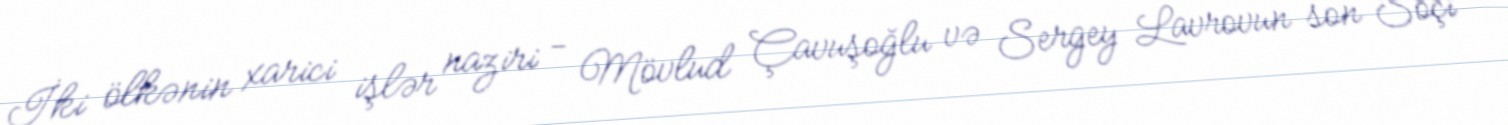
İki ölkənin xarici işlər naziri - Mövlud Çavuşoğlu və Sergey Lavrovun son Soçi